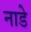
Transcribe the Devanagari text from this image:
नाडे